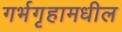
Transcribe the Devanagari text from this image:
गर्भगृहामधील